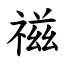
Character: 禌